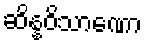
ဆိန္နဝိသာဏော